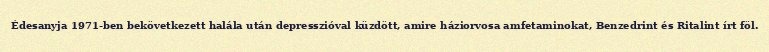
Édesanyja 1971-ben bekövetkezett halála után depresszióval küzdött, amire háziorvosa amfetaminokat, Benzedrint és Ritalint írt föl.